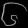
Digit: ၆